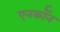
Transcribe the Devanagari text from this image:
एनर्कॉन